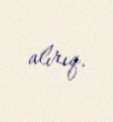
alırıq.